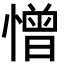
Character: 憎